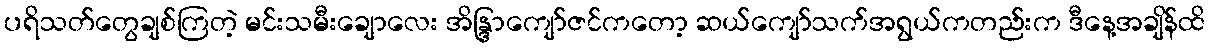
ပရိသတ်တွေချစ်ကြတဲ့ မင်းသမီးချောလေး အိန္ဒြာကျော်ဇင်ကတော့ ဆယ်ကျော်သက်အရွယ်ကတည်းက ဒီနေ့အချိန်ထိ